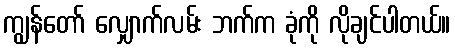
ကျွန်တော် လျှောက်လမ်း ဘက်က ခုံကို လိုချင်ပါတယ်။